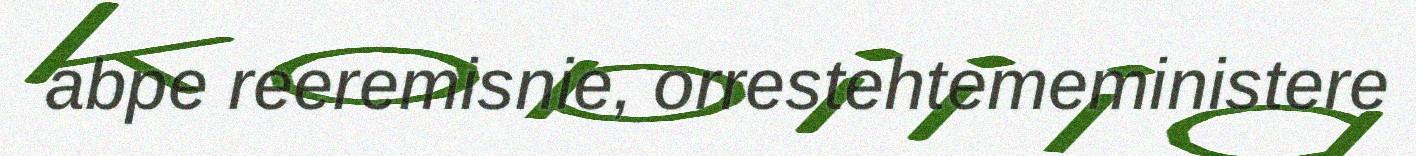
abpe reeremisnie, orrestehtemeministere